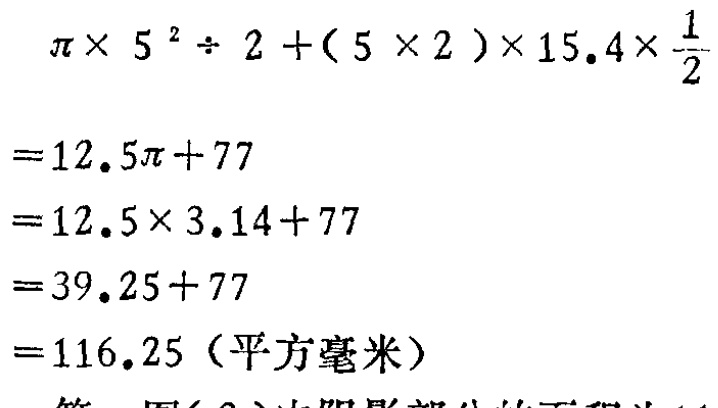
\[

\begin{align*}

&\pi\times5^{2}\div2+(5\times2)\times15.4\times\frac{1}{2}\\

=&12.5\pi + 77\\

=&12.5\times3.14+77\\

=&39.25 + 77\\

=&116.25 (\text{平方毫米})

\end{align*}

\]